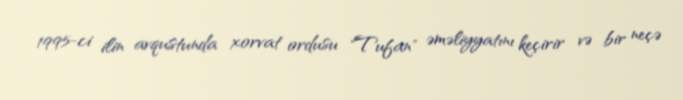
1995-ci ilin avqustunda xorvat ordusu "Tufan" əməliyyatını keçirir və bir neçə